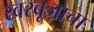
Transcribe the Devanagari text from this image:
खरबूजाचा